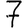
Digit: 7